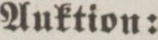
Auktion: